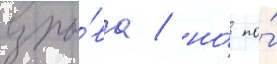
взры́ва / но́ по́